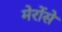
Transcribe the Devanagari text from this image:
मेरोंसे